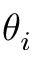
\theta _ { i }